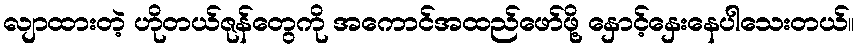
လျာထားတဲ့ ဟိုတယ်ဇုန်တွေကို အကောင်အထည်ဖော်ဖို့ နှောင့်နှေးနေပါသေးတယ်။